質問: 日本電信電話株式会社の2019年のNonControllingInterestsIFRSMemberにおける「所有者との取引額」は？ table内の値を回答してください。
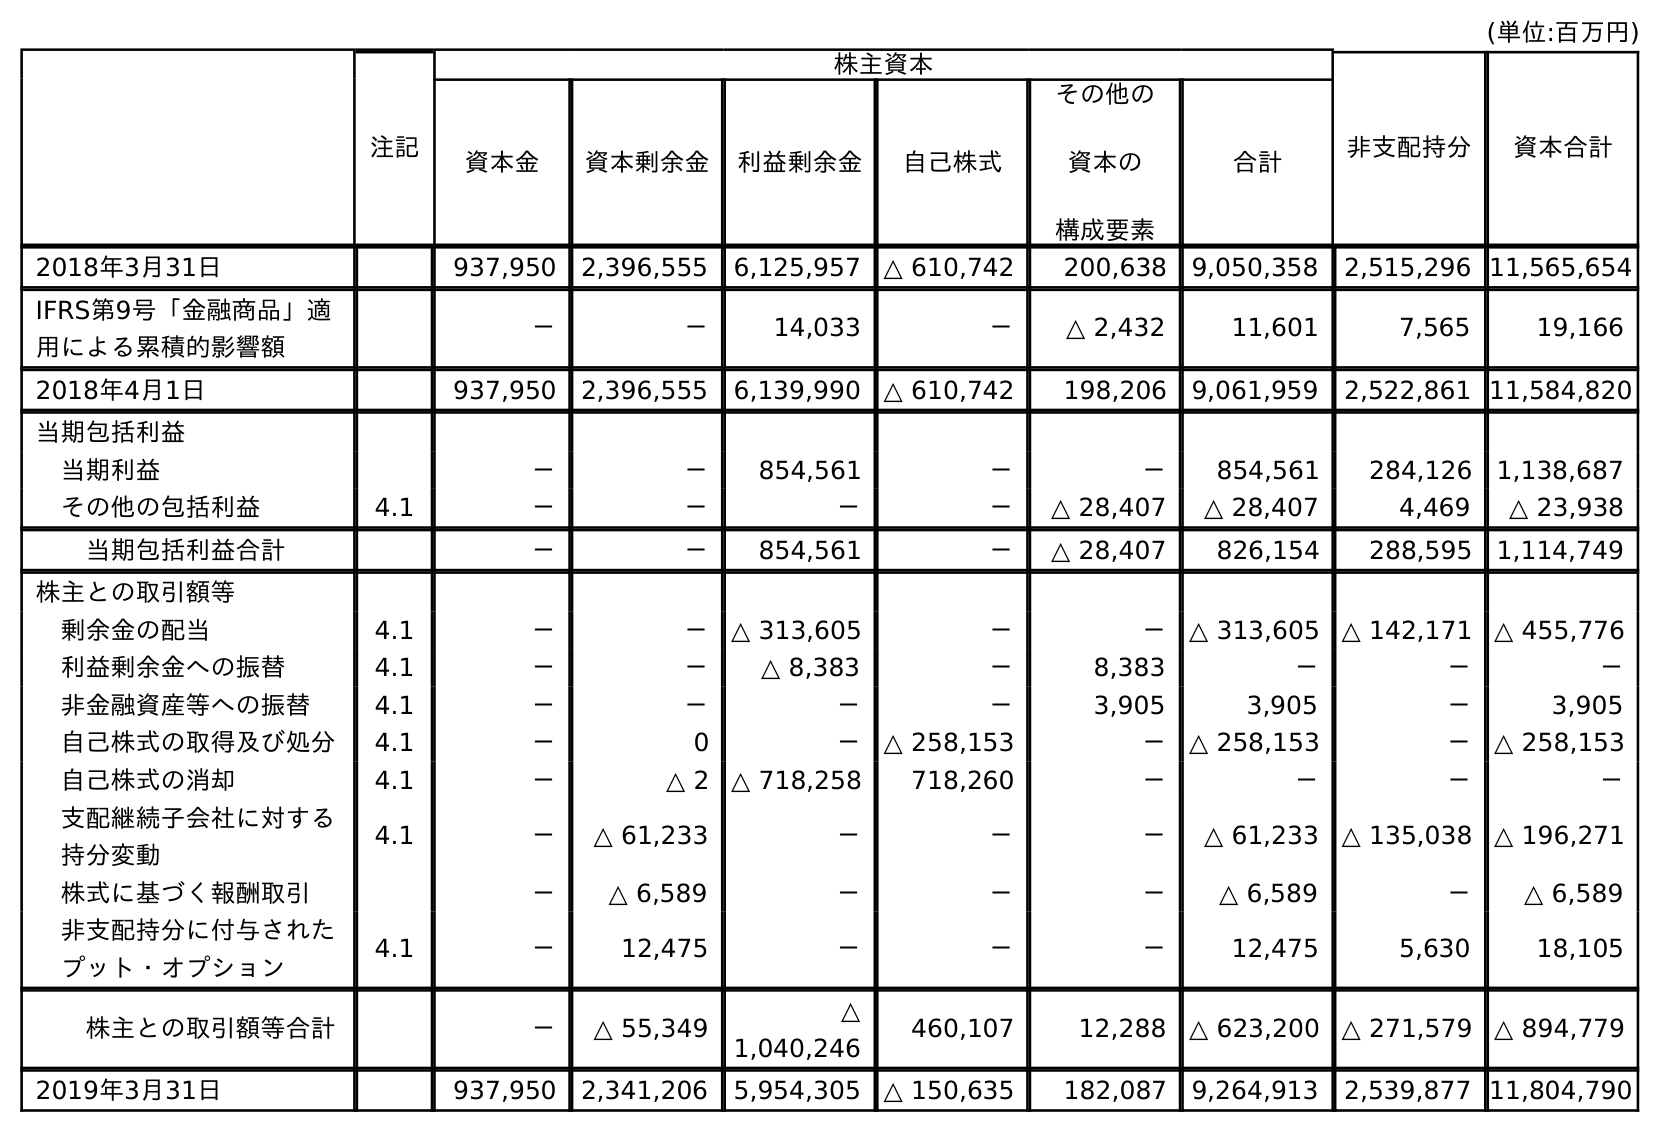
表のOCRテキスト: (単位:百万円) 注記 株主資本 非支配持分 資本合計 資本金 資本剰余金 利益剰余金 自己株式 その他の 資本の 構成要素 合計 2018年3月31日 937,950 2,396,555 6,125,957 △ 610,742 200,638 9,050,358 2,515,296 11,565,654 IFRS第9号「金融商品」適 用による累積的影響額 － － 14,033 － △ 2,432 11,601 7,565 19,166 2018年4月1日 937,950 2,396,555 6,139,990 △ 610,742 198,206 9,061,959 2,522,861 11,584,820 当期包括利益 当期利益 － － 854,561 － － 854,561 284,126 1,138,687 その他の包括利益 4.1 － － － － △ 28,407 △ 28,407 4,469 △ 23,938 当期包括利益合計 － － 854,561 － △ 28,407 826,154 288,595 1,114,749 株主との取引額等 剰余金の配当 4.1 － － △ 313,605 － － △ 313,605 △ 142,171 △ 455,776 利益剰余金への振替 4.1 － － △ 8,383 － 8,383 － － － 非金融資産等への振替 4.1 － － － － 3,905 3,905 － 3,905 自己株式の取得及び処分 4.1 － 0 － △ 258,153 － △ 258,153 － △ 258,153 自己株式の消却 4.1 － △ 2 △ 718,258 718,260 － － － － 支配継続子会社に対する 持分変動 4.1 － △ 61,233 － － － △ 61,233 △ 135,038 △ 196,271 株式に基づく報酬取引 － △ 6,589 － － － △ 6,589 － △ 6,589 非支配持分に付与された プット・オプション 4.1 － 12,475 － － － 12,475 5,630 18,105 株主との取引額等合計 － △ 55,349 △ 1,040,246 460,107 12,288 △ 623,200 △ 271,579 △ 894,779 2019年3月31日 937,950 2,341,206 5,954,305 △ 150,635 182,087 9,264,913 2,539,877 11,804,790
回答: △271,579